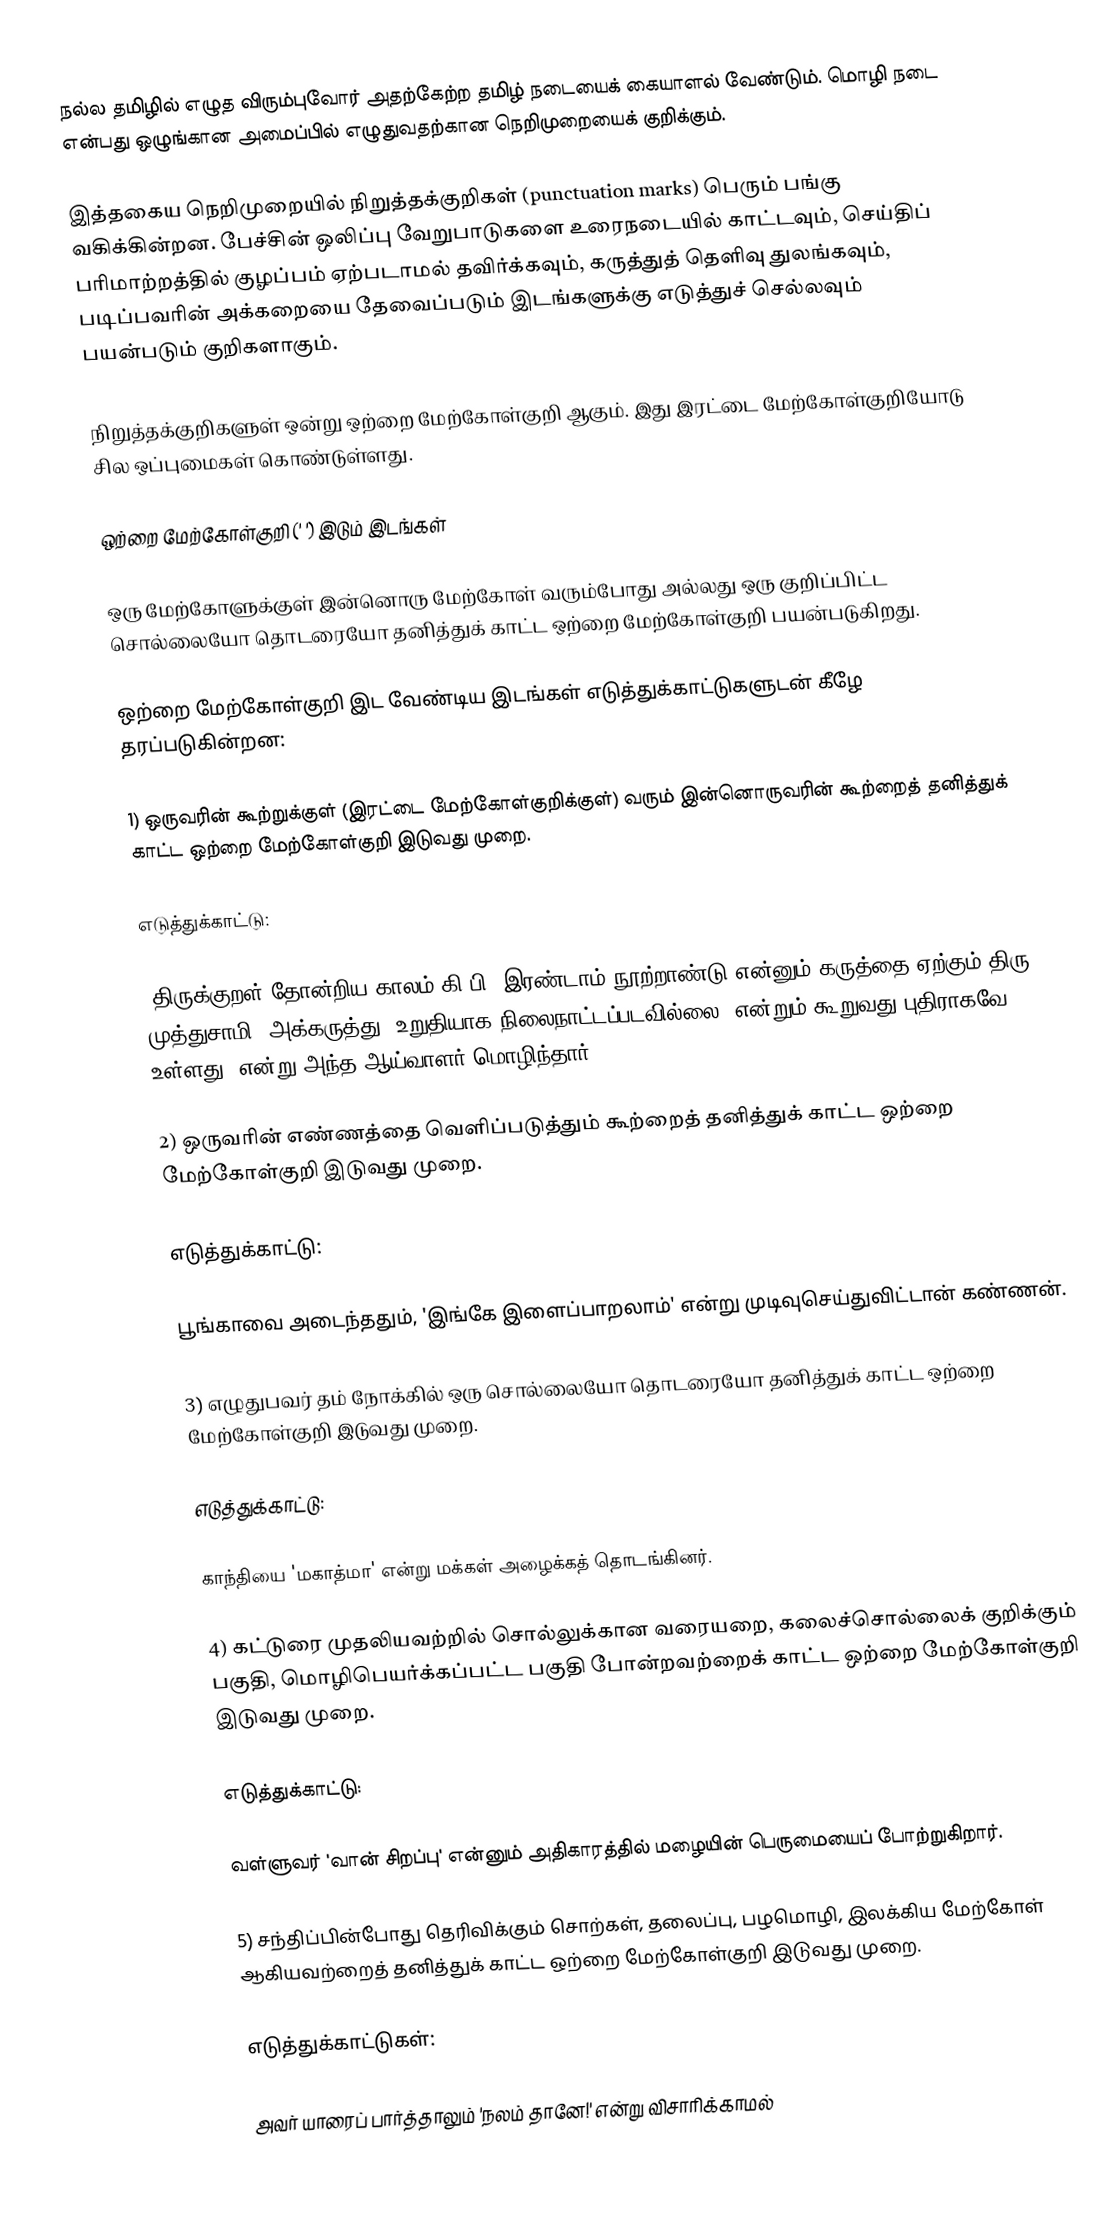
நல்ல தமிழில் எழுத விரும்புவோர் அதற்கேற்ற தமிழ் நடையைக் கையாளல் வேண்டும். மொழி நடை என்பது ஒழுங்கான அமைப்பில் எழுதுவதற்கான நெறிமுறையைக் குறிக்கும்.

இத்தகைய நெறிமுறையில்  நிறுத்தக்குறிகள் (punctuation marks) பெரும் பங்கு வகிக்கின்றன. பேச்சின் ஒலிப்பு வேறுபாடுகளை உரைநடையில் காட்டவும், செய்திப் பரிமாற்றத்தில் குழப்பம் ஏற்படாமல் தவிர்க்கவும், கருத்துத் தெளிவு துலங்கவும், படிப்பவரின் அக்கறையை தேவைப்படும் இடங்களுக்கு எடுத்துச் செல்லவும் பயன்படும் குறிகளாகும்.

நிறுத்தக்குறிகளுள் ஒன்று ஒற்றை மேற்கோள்குறி ஆகும். இது இரட்டை மேற்கோள்குறியோடு சில ஒப்புமைகள் கொண்டுள்ளது.

ஒற்றை மேற்கோள்குறி (' ') இடும் இடங்கள்

ஒரு மேற்கோளுக்குள் இன்னொரு மேற்கோள் வரும்போது அல்லது ஒரு குறிப்பிட்ட சொல்லையோ தொடரையோ தனித்துக் காட்ட ஒற்றை மேற்கோள்குறி பயன்படுகிறது.

ஒற்றை மேற்கோள்குறி இட வேண்டிய இடங்கள் எடுத்துக்காட்டுகளுடன் கீழே தரப்படுகின்றன:

1) ஒருவரின் கூற்றுக்குள் (இரட்டை மேற்கோள்குறிக்குள்) வரும் இன்னொருவரின் கூற்றைத் தனித்துக் காட்ட ஒற்றை மேற்கோள்குறி இடுவது முறை.

எடுத்துக்காட்டு:

"திருக்குறள் தோன்றிய காலம் கி.பி. இரண்டாம் நூற்றாண்டு என்னும் கருத்தை ஏற்கும் திரு முத்துசாமி, அக்கருத்து 'உறுதியாக நிலைநாட்டப்படவில்லை' என்றும் கூறுவது புதிராகவே உள்ளது" என்று அந்த ஆய்வாளர் மொழிந்தார்.

2) ஒருவரின் எண்ணத்தை வெளிப்படுத்தும் கூற்றைத் தனித்துக் காட்ட ஒற்றை மேற்கோள்குறி இடுவது முறை.

எடுத்துக்காட்டு:

பூங்காவை அடைந்ததும், 'இங்கே இளைப்பாறலாம்' என்று முடிவுசெய்துவிட்டான் கண்ணன்.

3) எழுதுபவர் தம் நோக்கில் ஒரு சொல்லையோ தொடரையோ தனித்துக் காட்ட ஒற்றை மேற்கோள்குறி இடுவது முறை.

எடுத்துக்காட்டு:

காந்தியை 'மகாத்மா' என்று மக்கள் அழைக்கத் தொடங்கினர்.

4) கட்டுரை முதலியவற்றில் சொல்லுக்கான வரையறை, கலைச்சொல்லைக் குறிக்கும் பகுதி, மொழிபெயர்க்கப்பட்ட பகுதி போன்றவற்றைக் காட்ட ஒற்றை மேற்கோள்குறி இடுவது முறை.

எடுத்துக்காட்டு:

வள்ளுவர் 'வான் சிறப்பு' என்னும் அதிகாரத்தில் மழையின் பெருமையைப் போற்றுகிறார்.

5) சந்திப்பின்போது தெரிவிக்கும் சொற்கள், தலைப்பு, பழமொழி, இலக்கிய மேற்கோள் ஆகியவற்றைத் தனித்துக் காட்ட ஒற்றை மேற்கோள்குறி இடுவது முறை.

எடுத்துக்காட்டுகள்:

அவர் யாரைப் பார்த்தாலும் 'நலம் தானே!' என்று விசாரிக்காமல்